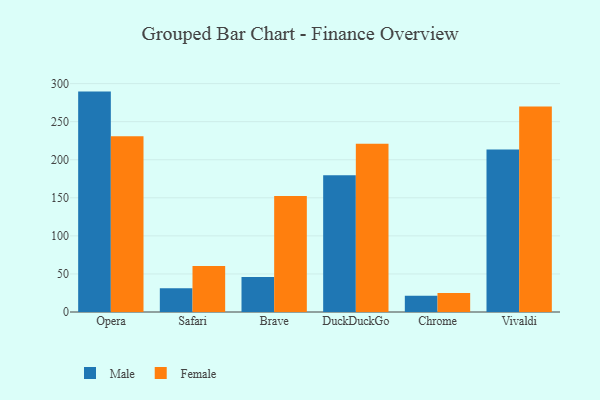
{"axis": {"x": "Browser", "y": "Page Views"}, "legend": ["Female", "Male"], "data": [{"x": "Opera", "y": 289.5, "type": "Male"}, {"x": "Opera", "y": 230.8, "type": "Female"}, {"x": "Safari", "y": 31.3, "type": "Male"}, {"x": "Safari", "y": 60.3, "type": "Female"}, {"x": "Brave", "y": 45.9, "type": "Male"}, {"x": "Brave", "y": 152.5, "type": "Female"}, {"x": "DuckDuckGo", "y": 179.5, "type": "Male"}, {"x": "DuckDuckGo", "y": 221.0, "type": "Female"}, {"x": "Chrome", "y": 21.4, "type": "Male"}, {"x": "Chrome", "y": 24.9, "type": "Female"}, {"x": "Vivaldi", "y": 213.6, "type": "Male"}, {"x": "Vivaldi", "y": 269.9, "type": "Female"}]}